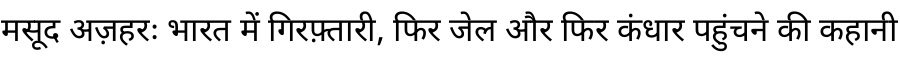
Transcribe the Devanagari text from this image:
मसूद अज़हरः भारत में गिरफ़्तारी, फिर जेल और फिर कंधार पहुंचने की कहानी